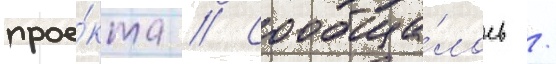
прое́кта // Сообща́лось /